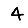
Digit: 4